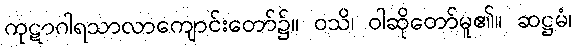
ကုဋာဂါရသာလာကျောင်းတော်၌။ ဝသိ၊ ဝါဆိုတော်မူ၏။ ဆဋ္ဌမံ၊